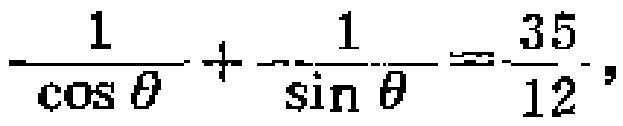
$\frac{1}{\cos \theta}+\frac{1}{\sin \theta}=\frac{35}{12},$